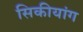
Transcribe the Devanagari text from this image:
सिकीयांग